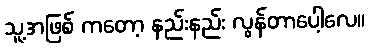
သူ့အဖြစ် ကတော့ နည်းနည်း လွန်တာပေါ့လေ။